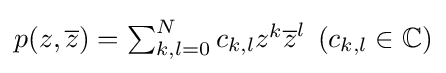
{\textstyle p(z,{\overline {z}})=\sum _{k,l=0}^{N}c_{k,l}z^{k}{\overline {z}}^{l}\;\left(c_{k,l}\in \mathbb {C} \right)}